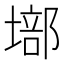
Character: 𡏿